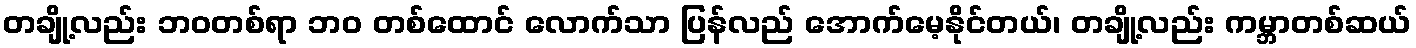
တချို့လည်း ဘဝတစ်ရာ ဘဝ တစ်ထောင် လောက်သာ ပြန်လည် အောက်မေ့နိုင်တယ်၊ တချို့လည်း ကမ္ဘာတစ်ဆယ်